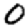
Digit: 0